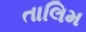
તાલિમ